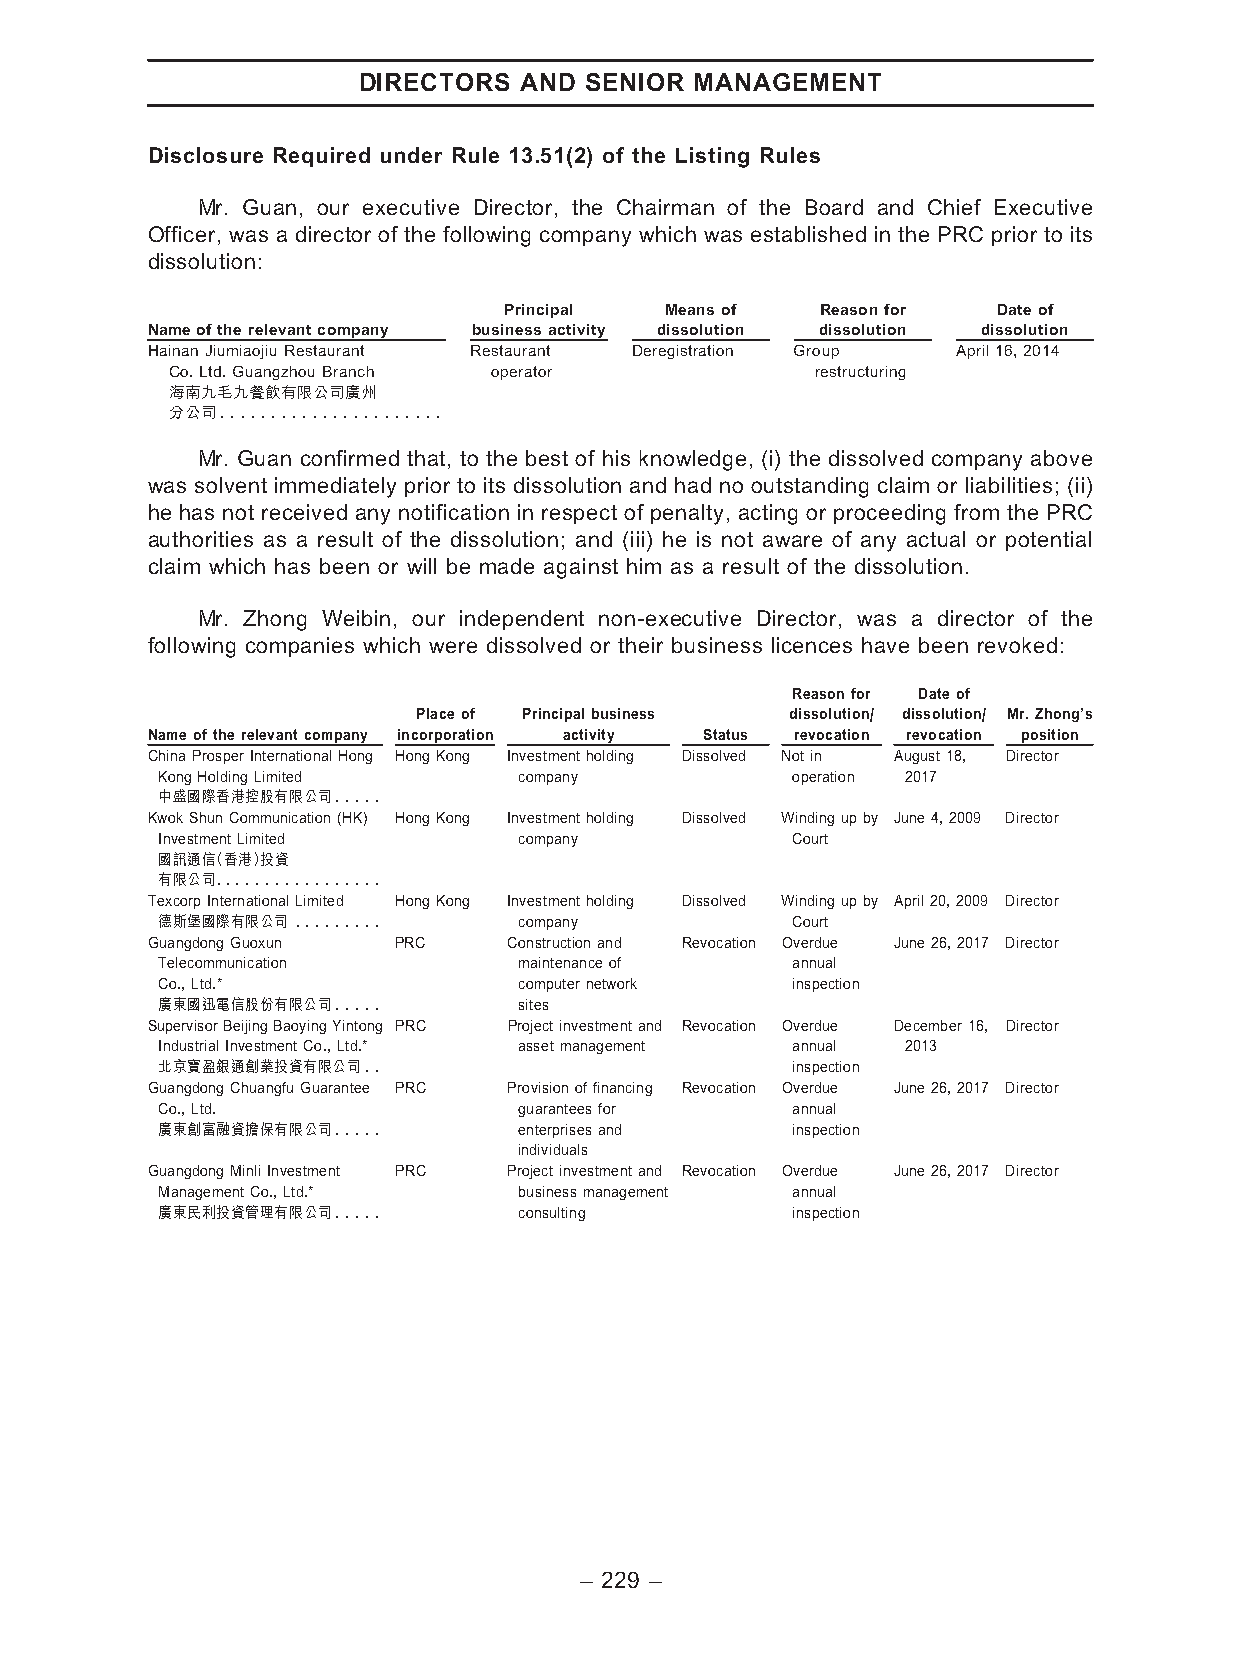
DIRECTORS AND  SENIOR MANAGEMENT
 Disclosure Required under Rule 13.51(2) of the Listing Rules
 Mr. Guan, our executive Director, the Chairman of the Board and Chief Executive
 Officer, was a director of the following company which was established in the PRC prior to its
 dissolution:
 Principal  Meansof   Reasonfor   Dateof
 Nameoftherelevantcompany businessactivity dissolution dissolution dissolution
 HainanJiumiaojiuRestaurant Restaurant Deregistration Group April16,2014
 Co.Ltd.GuangzhouBranch operator            restructuring
 海南九毛九餐飲有限公司廣州
 分公司......................
 Mr. Guan confirmed that, to the best of his knowledge, (i) the dissolved company above
 was solvent immediately prior to its dissolution and had no outstanding claim or liabilities; (ii)
 he has not received any notification in respect of penalty, acting or proceeding from the PRC
 authorities as a result of the dissolution; and (iii) he is not aware of any actual or potential
 claim which has been or will be made against him as a result of the dissolution.
 Mr. Zhong Weibin, our independent non-executive Director, was a director of the
 following companies which were dissolved or their business licences have been revoked:
 Reasonfor Dateof
 Placeof Principalbusiness dissolution/ dissolution/ Mr.Zhong’s
 Nameoftherelevantcompany incorporation activity Status revocation revocation position
 ChinaProsperInternationalHong HongKong Investmentholding Dissolved Notin August18, Director
 KongHoldingLimited      company           operation 2017
 中盛國際香港控股有限公司.....
 KwokShunCommunication(HK) HongKong Investmentholding Dissolved Windingupby June4,2009 Director
 InvestmentLimited       company           Court
 國訊通信（香港）投資
 有限公司.................
 TexcorpInternationalLimited HongKong Investmentholding Dissolved Windingupby April20,2009 Director
 德斯堡國際有限公司 .........     company           Court
 GuangdongGuoxun PRC     Constructionand Revocation Overdue June26,2017 Director
 Telecommunication       maintenanceof     annual
 Co.,Ltd.*               computernetwork   inspection
 廣東國迅電信股份有限公司.....       sites
 SupervisorBeijingBaoyingYintong PRC Projectinvestmentand Revocation Overdue December16, Director
 IndustrialInvestmentCo.,Ltd.* assetmanagement annual 2013
 北京寶盈銀通創業投資有限公司..                          inspection
 GuangdongChuangfuGuarantee PRC Provisionoffinancing Revocation Overdue June26,2017 Director
 Co.,Ltd.                guaranteesfor     annual
 廣東創富融資擔保有限公司.....       enterprisesand    inspection
 individuals
 GuangdongMinliInvestment PRC Projectinvestmentand Revocation Overdue June26,2017 Director
 ManagementCo.,Ltd.*     businessmanagement annual
 廣東民利投資管理有限公司.....       consulting        inspection
 – 229 –